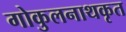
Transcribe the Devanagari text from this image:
गोकुलनाथकृत